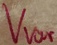
Text: Vvar